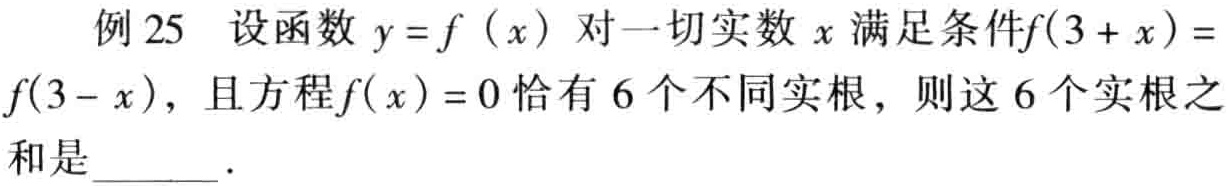
例 25 设函数 \(y = f(x)\) 对一切实数 \(x\) 满足条件\(f(3 + x) =\) \(f(3 - x)\)，且方程\(f(x)=0\) 恰有 6 个不同实根，则这 6 个实根之 和是______ .